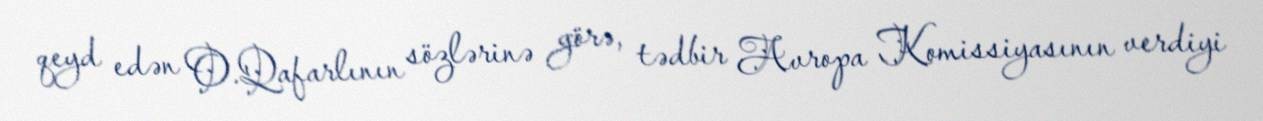
qeyd edən O.Qafarlının sözlərinə görə, tədbir Avropa Komissiyasının verdiyi